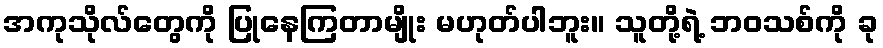
အကုသိုလ်တွေကို ပြုနေကြတာမျိုး မဟုတ်ပါဘူး။ သူတို့ရဲ့ ဘဝသစ်ကို ခု